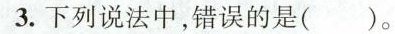
3.下列说法中，错误的是( )。